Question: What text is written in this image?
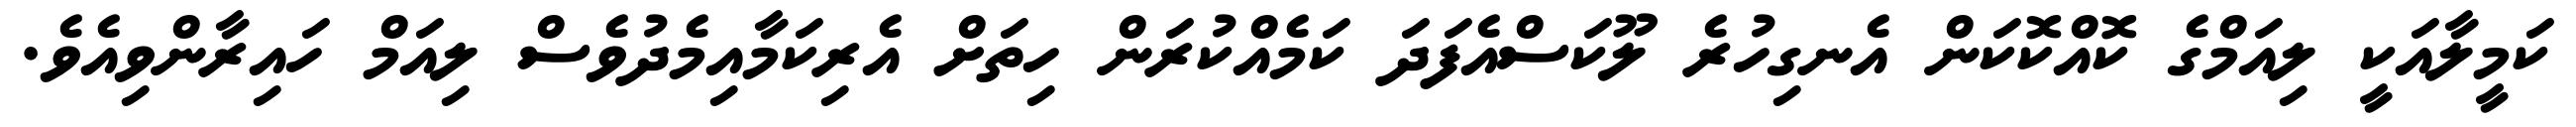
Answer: ކަމީލާއަކީ ލިއަމްގެ ކޮއްކޮކަން އެނގިހުރެ ލޫކަސްއެފަދަ ކަމެއްކުރަން ހިތަށް އެރިކަމާއިމެދުވެސް ލިއަމް ހައިރާންވިއެވެ.